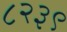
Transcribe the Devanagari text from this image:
८२३९